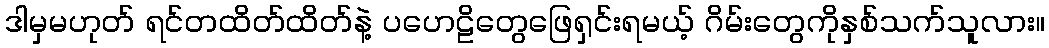
ဒါမှမဟုတ် ရင်တထိတ်ထိတ်နဲ့ ပဟေဠိတွေဖြေရှင်းရမယ့် ဂိမ်းတွေကိုနှစ်သက်သူလား။